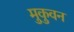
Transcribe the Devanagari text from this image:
मुकुवन